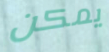
يمكن